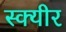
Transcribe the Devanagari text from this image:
स्क्यीर